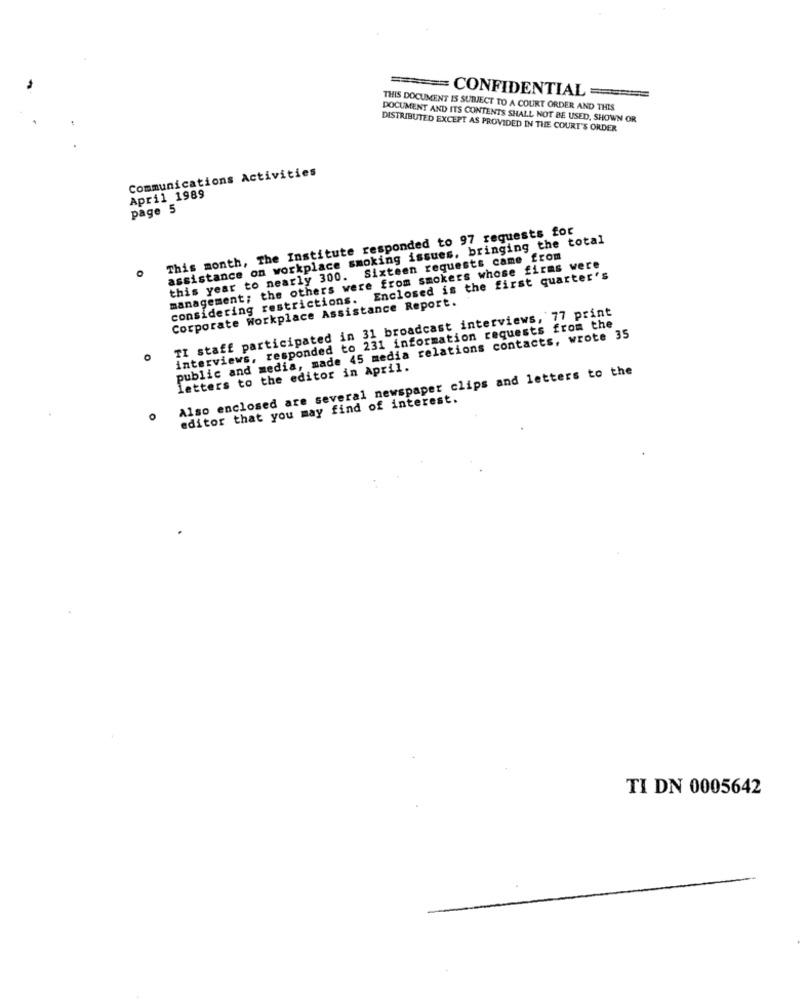
= CONFIDENTIAL =
THIS DOCUMENT IS SUBJECT TO A COURT ORDER AND THIS
DOCUMENT AND ITS CONTENTS SHALL NOT BE USED, SHOWN OR
DISTRIBUTED EXCEPT AS PROVIDED IN THE COURT'S ORDER
Communications Activities
April 1989
page 5
This month, The Institute responded to 97 requests for
assistance on workplace smoking issues, bringing the total
this year to nearly 300. Sixteen requests came from
management; the others were from smokers whose firms were
considering restrictions. Enclosed is the first quarter's
Corporate Workplace Assistance Report.
TI staff participated in 31 broadcast interviews, 77 print
interviews, responded to 231 information requests from the
public and media, made 45 media relations contacts, wrote 35
Also enclosed are several newspaper clips and letters to the
letters to the editor in April.
editor that you may find of interest.
TI DN 0005642